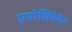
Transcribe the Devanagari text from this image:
एपोलिनेयेर